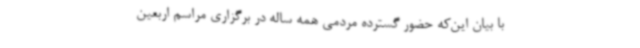
با بیان این‌که حضور گسترده مردمی همه ساله در برگزاری مراسم اربعین